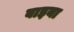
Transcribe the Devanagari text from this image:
वाइया